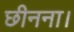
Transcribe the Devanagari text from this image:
छीनना।